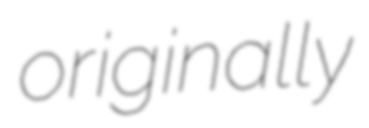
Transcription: originally